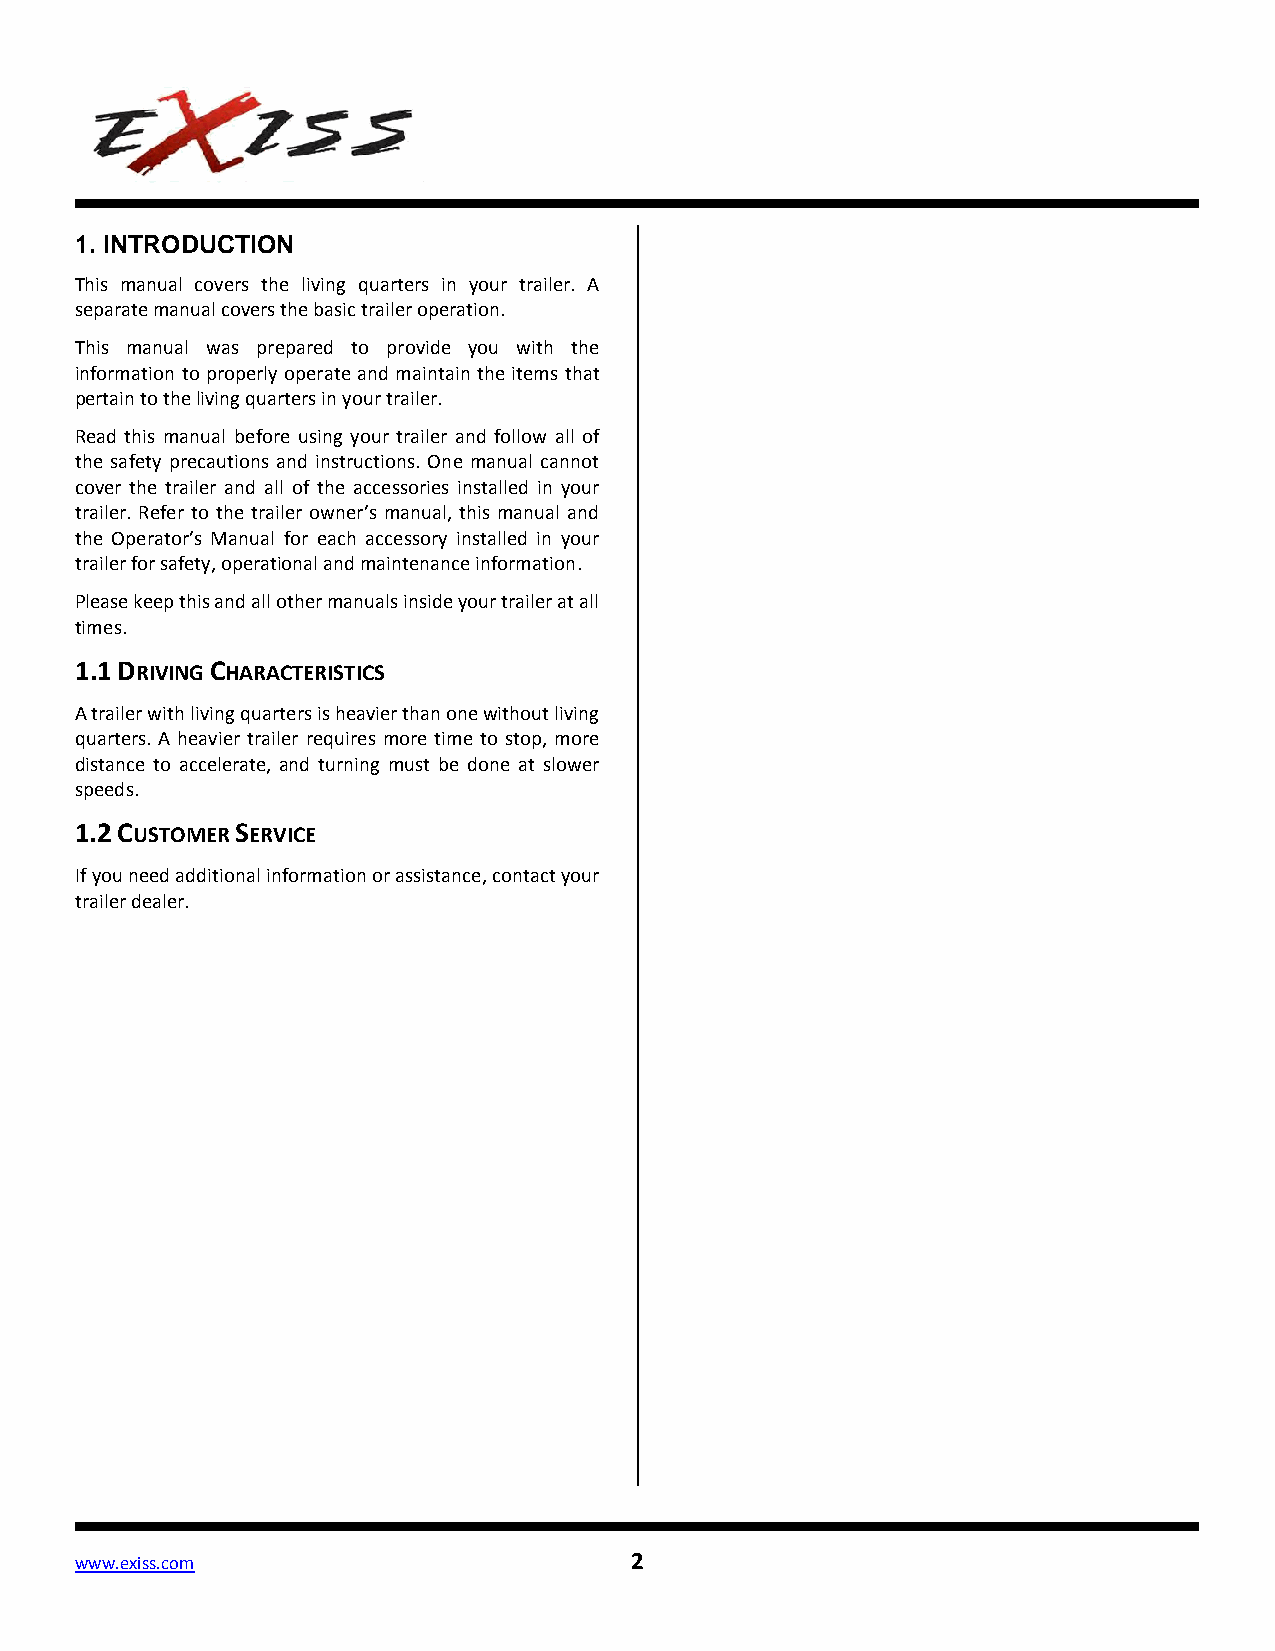
1. INTRODUCTION
 This manual covers the living quarters in your trailer. A
 separate manual covers the basic trailer operation.
 This manual was prepared to provide you with the
 information to properly operate and maintain the items that
 pertain to the living quarters in your trailer.
 Read this manual before using your trailer and follow all of
 the safety precautions and instructions. One manual cannot
 cover the trailer and all of the accessories installed in your
 trailer. Refer to the trailer owner’s manual, this manual and
 the Operator’s Manual for each accessory installed in your
 trailer for safety, operational and maintenance information.
 Please keep this and all other manuals inside your trailer at all
 times.
 1.1 DRIVING CHARACTERISTICS
 A trailer with living quarters is heavier than one without living
 quarters. A heavier trailer requires more time to stop, more
 distance to accelerate, and turning must be done at slower
 speeds.
 1.2 CUSTOMER SERVICE
 If you need additional information or assistance, contact your
 trailer dealer.
 www.exiss.com                        2